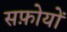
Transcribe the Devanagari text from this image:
सफ़ोयों